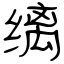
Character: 缡